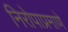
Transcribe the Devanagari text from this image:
निरोपाप्रमाणे